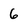
Character: 6